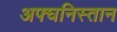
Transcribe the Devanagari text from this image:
अफ्घनिस्तान